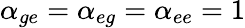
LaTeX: \alpha_{ge}=\alpha_{eg}=\alpha_{ee}=1